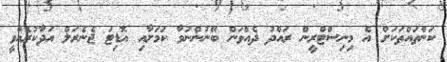
ކަންތައްތަކަށް އެ މިނިސްޓްރީން ރައްދު ދެއްވަން ބޭނުންނުވާ ކަމަށާއި އޮޑިޓަ ޖެނެރަލް އަދާކުރެއްވީ